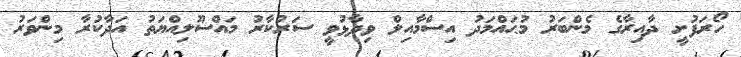
ހޯރަފުށީ ދާއިރާގެ މެންބަރު މުޙައްމަދު އިސްމާއިލް ވިދާޅުވީ ސަރުކާރު މައްސޫލިއްޔަތު އަދާކުރާ މިންވަރު